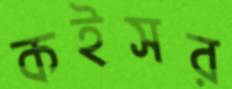
কইসর